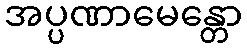
အပ္ပဏာမေန္တော